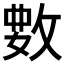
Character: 𫾺